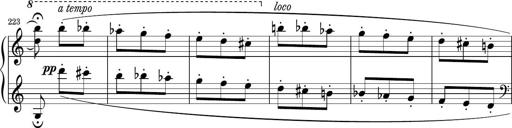
Title: Sonatina PandemÃ³nium
Composer: VÃ­ctor Carbajo
Key: C major